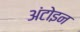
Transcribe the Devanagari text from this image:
अंटोइन